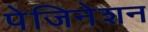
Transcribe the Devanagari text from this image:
पेजिनेशन